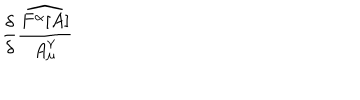
LaTeX: \frac { \delta } { \delta } \frac { \widehat { F ^ { \alpha } [ A ] } } { A _ { \mu } ^ { \gamma } }